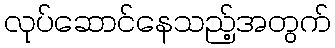
လုပ်ဆောင်နေသည့်အတွက်